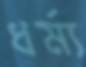
ধর্ম্য